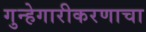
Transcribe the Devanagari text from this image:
गुन्हेगारीकरणाचा